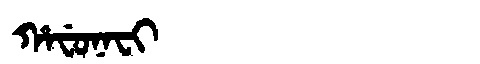
Manchu: ᡥᠠᠸᡠᠨᠠᠸᡳ
Romanization: HAFUNAFI